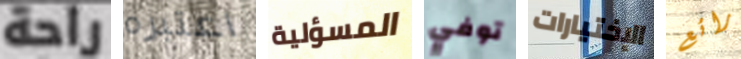
راحة اعتبره المسؤلية توفي الإختيارات رائع